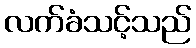
လက်ခံသင့်သည်